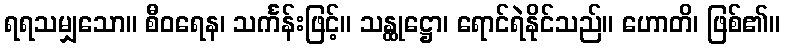
ရရသမျှသော။ စီဝရေန၊ သင်္ကန်းဖြင့်။ သန္ထုဋ္ဌော၊ ရောင်ရဲနိုင်သည်။ ဟောတိ၊ ဖြစ်၏။